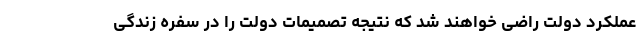
عملکرد دولت راضی خواهند شد که نتیجه تصمیمات دولت را در سفره زندگی